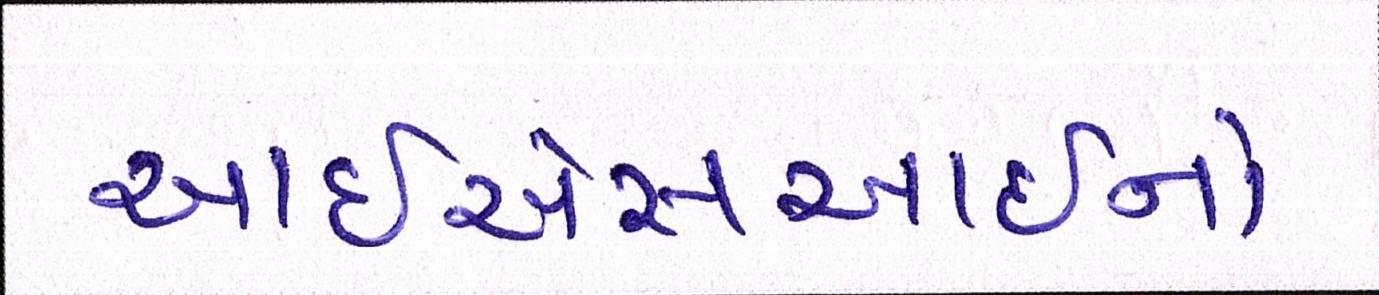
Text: આઇએસઆઇનો